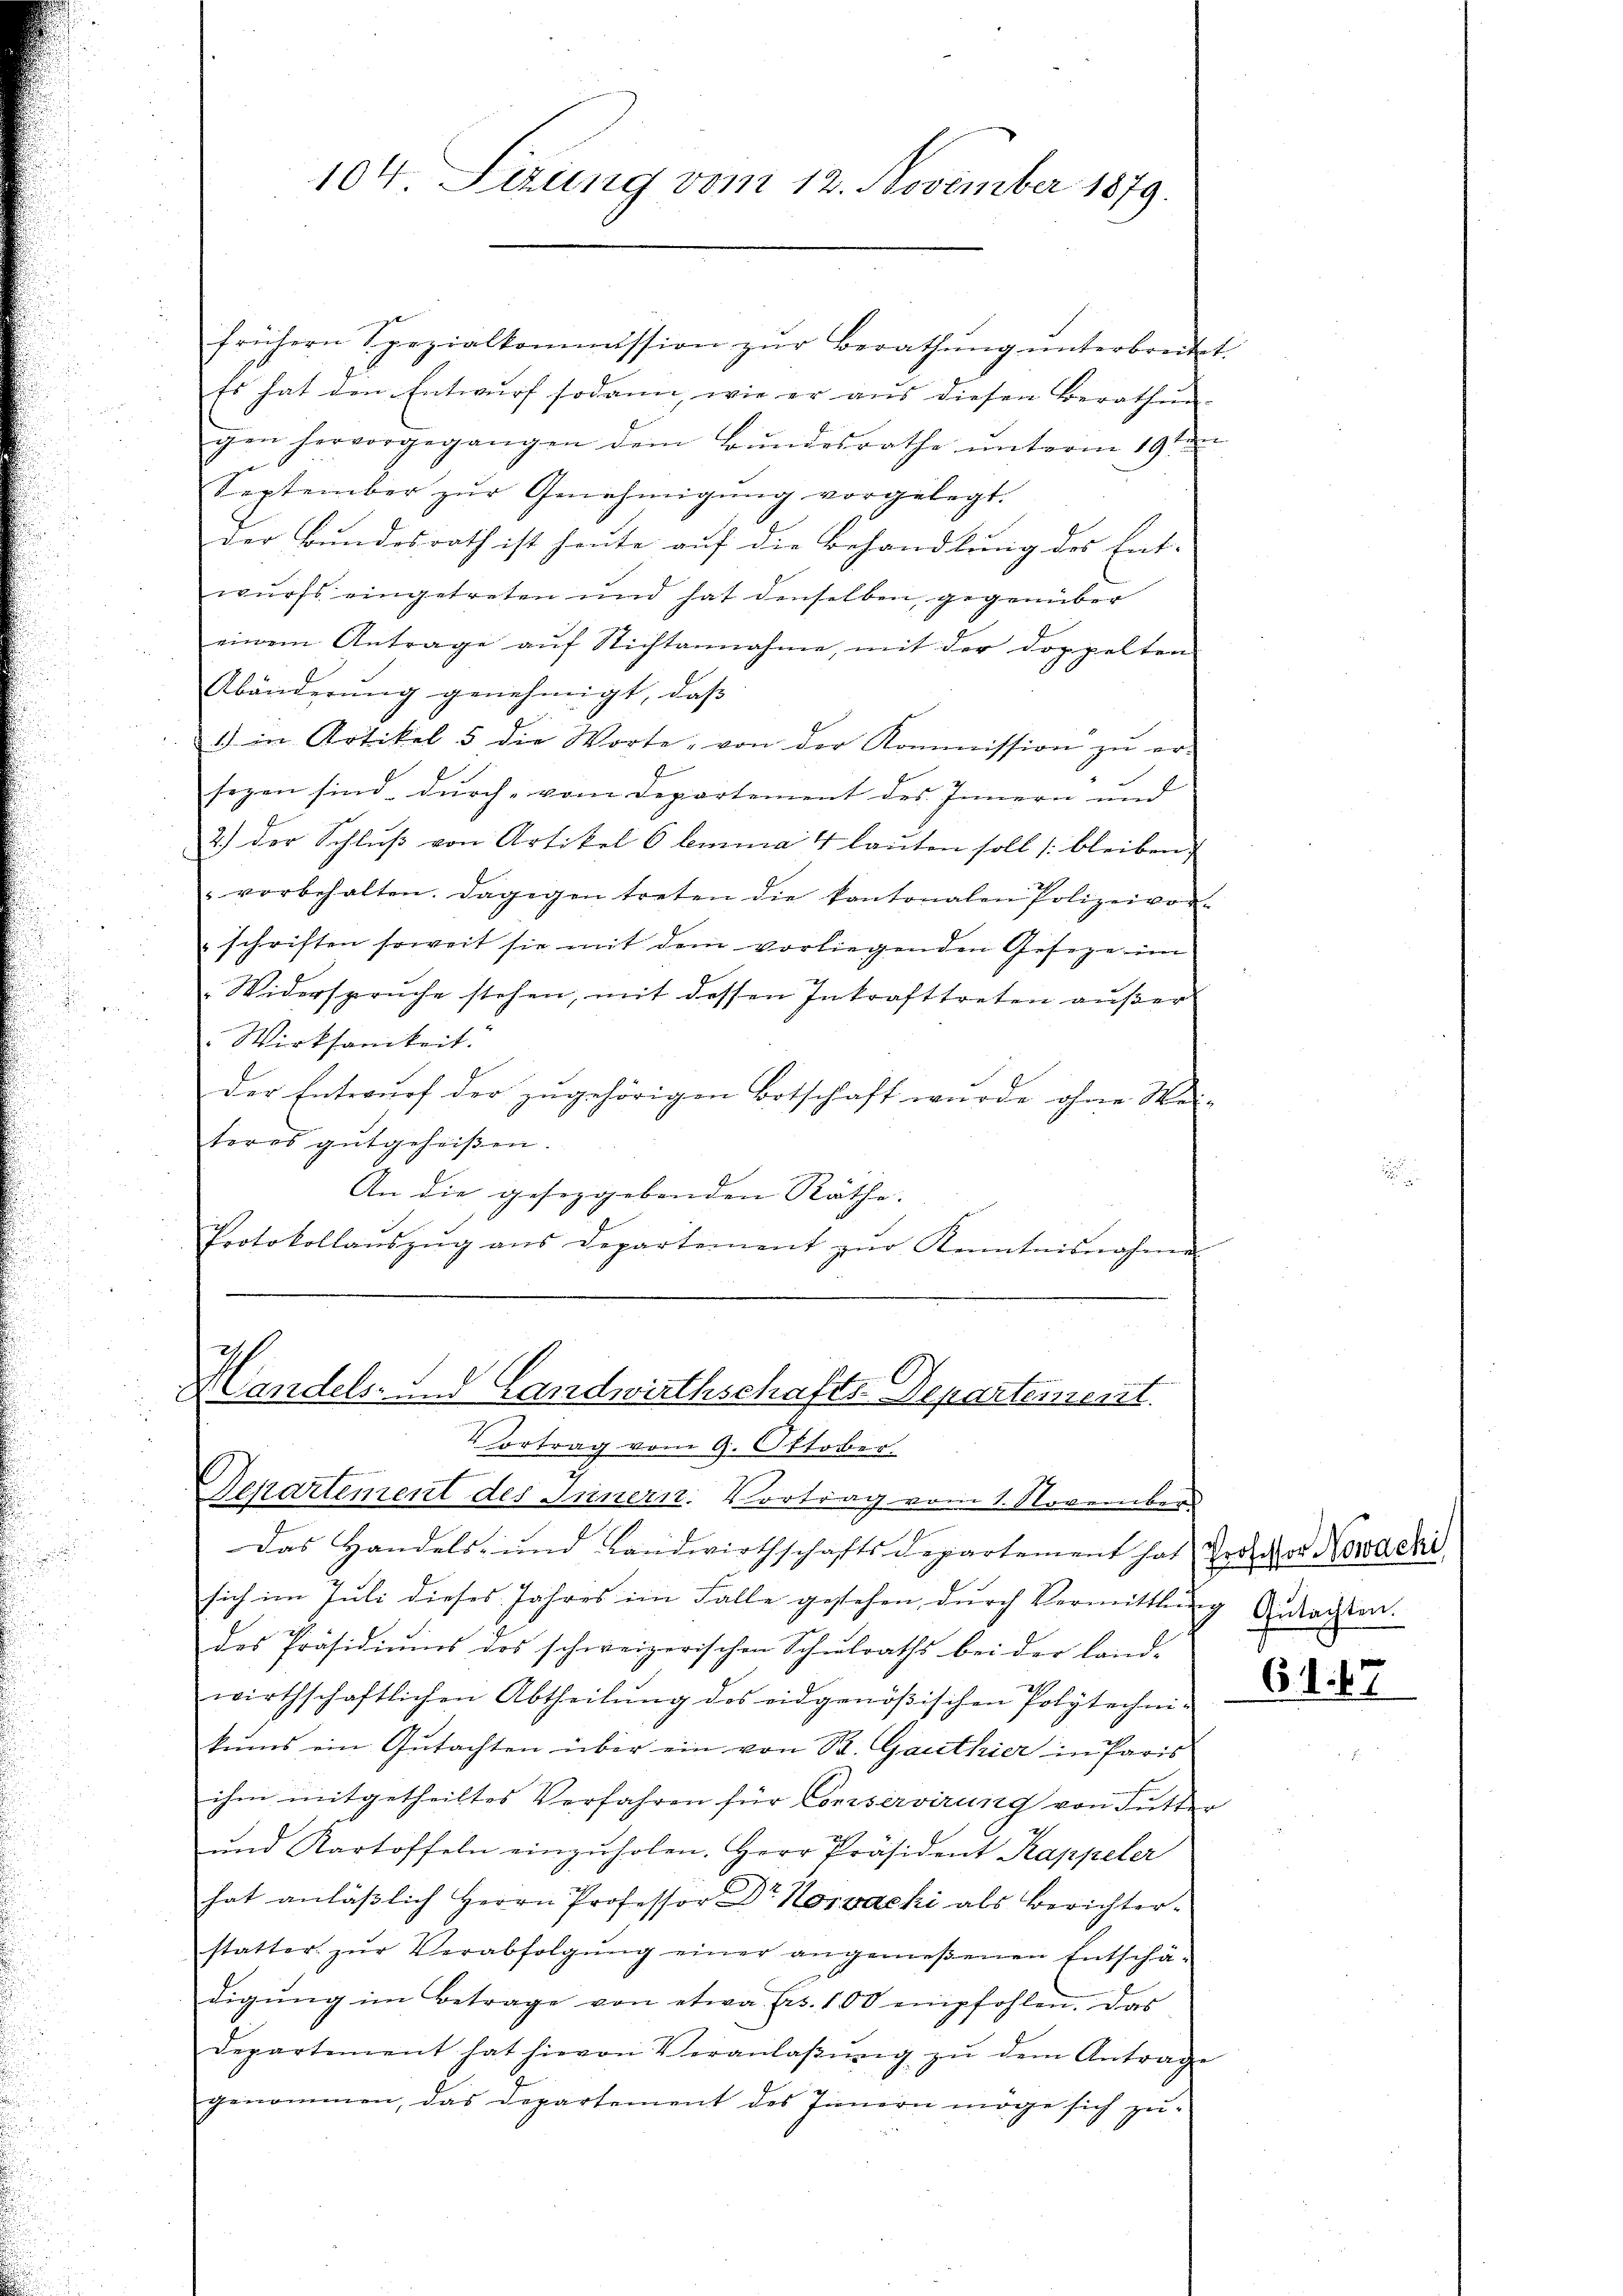
frühern Spezialkommission zŭr Berathung unterbreite.
Es hat den Entwurf sodann, wie er aus diesen Berathun-
gen hervorgegangen dem Bŭndesrathe ŭnterm 19ten
September zŭr Genehmigŭng vorgelegt.
der Bundesrath ist heute auf die Behandlung des Ent- |
wurfs eingetreten und hat denselben, gegenüber
einem Antrage auf Nichtannahme, mit der doppelten
Abänderung genehmigt, daß
1) in Artikel 5 die Worte, von der Kommission zŭ er-
segen sind, durch vom Departement des Innern und
2.) Der Schluß von Artikel 6 lemma 4 lauten soll bleiben,
vorbehalten. Dagegen treten die kantonalen Polizeivor-
schriften soweit sie mit dem vorliegenden Geseze in
Widerspruche stehen, mit dessen Inkrafttreten außer
Wirksamkeit.
der Entwurf der zugehörigen Botschaft wurde ohne Wei-
teres gutgeheißen.
An die gesezgebenden Räthe.
Protokollaŭszŭg ans Departement zŭr Kenntnisnahme
Ich

Landels- und Landwirthschafts-Departement.
4 ertrag vom 9. Oktober.
Departement des Innern. Vortrag vom 1. November

104. Setzung vom 12. November 1879.

Das Handels- und Landwirthschaftsdepartement hat Troges Nowacki
sich im Juli dieses Jahres im Falle gesehen, durch Vermittlung Gutachten.
des Präsidiums des schweizerischen Schulraths bei der Land-
wirthschaftlichen Abtheilŭng des eidgenößischen Polytechni-
kŭms ein Gŭtachten über ein von St. Gauthier in Paris
ihm mitgetheiltes Verfahren für Conservirung von Futter
2
und Kartoffeln einzŭholen. Herr Präsident Rappeler
hat anläβlich Herrn Professor Dr. Horvacki als Berichterstatter zŭr Verabfolgŭng einer angemeßenen Entschä-
digŭng im Betrage von etwa Frs. 100 empfohlen. Das
departement hat hievon Veranlaβŭng zŭ dem Antrage
genommen, das Departement des Innern möge sich zŭ-

d

61. 47